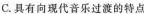
C.具有向现代音乐过渡的特点